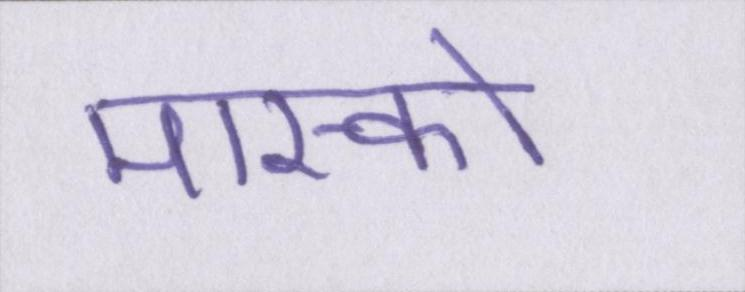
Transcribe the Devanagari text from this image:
मास्को